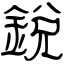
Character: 銳